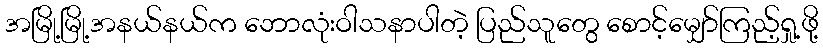
အမြို့မြို့အနယ်နယ်က ဘောလုံးဝါသနာပါတဲ့ ပြည်သူတွေ စောင့်မျှော်ကြည့်ရှု့ဖို့